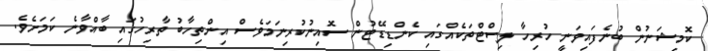
ކޮމިޝަނުން ބުނެފައިވަނީ ހުރިހާ ލިސްޓްތަކެއްގައި ކެންޑިޑޭޓުން ސޮއިނުކުރިނަމަވެސް އިންތިހާބު ތާރިހުގައި ބާއްވާނެ ކަމަށެވެ.